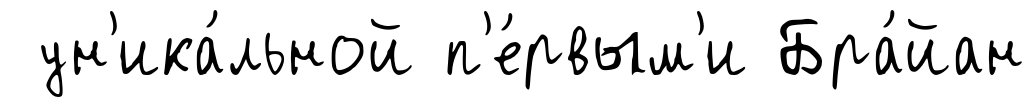
ун'ика́льной п'е́рвым'и Бра́йан